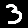
Digit: 3